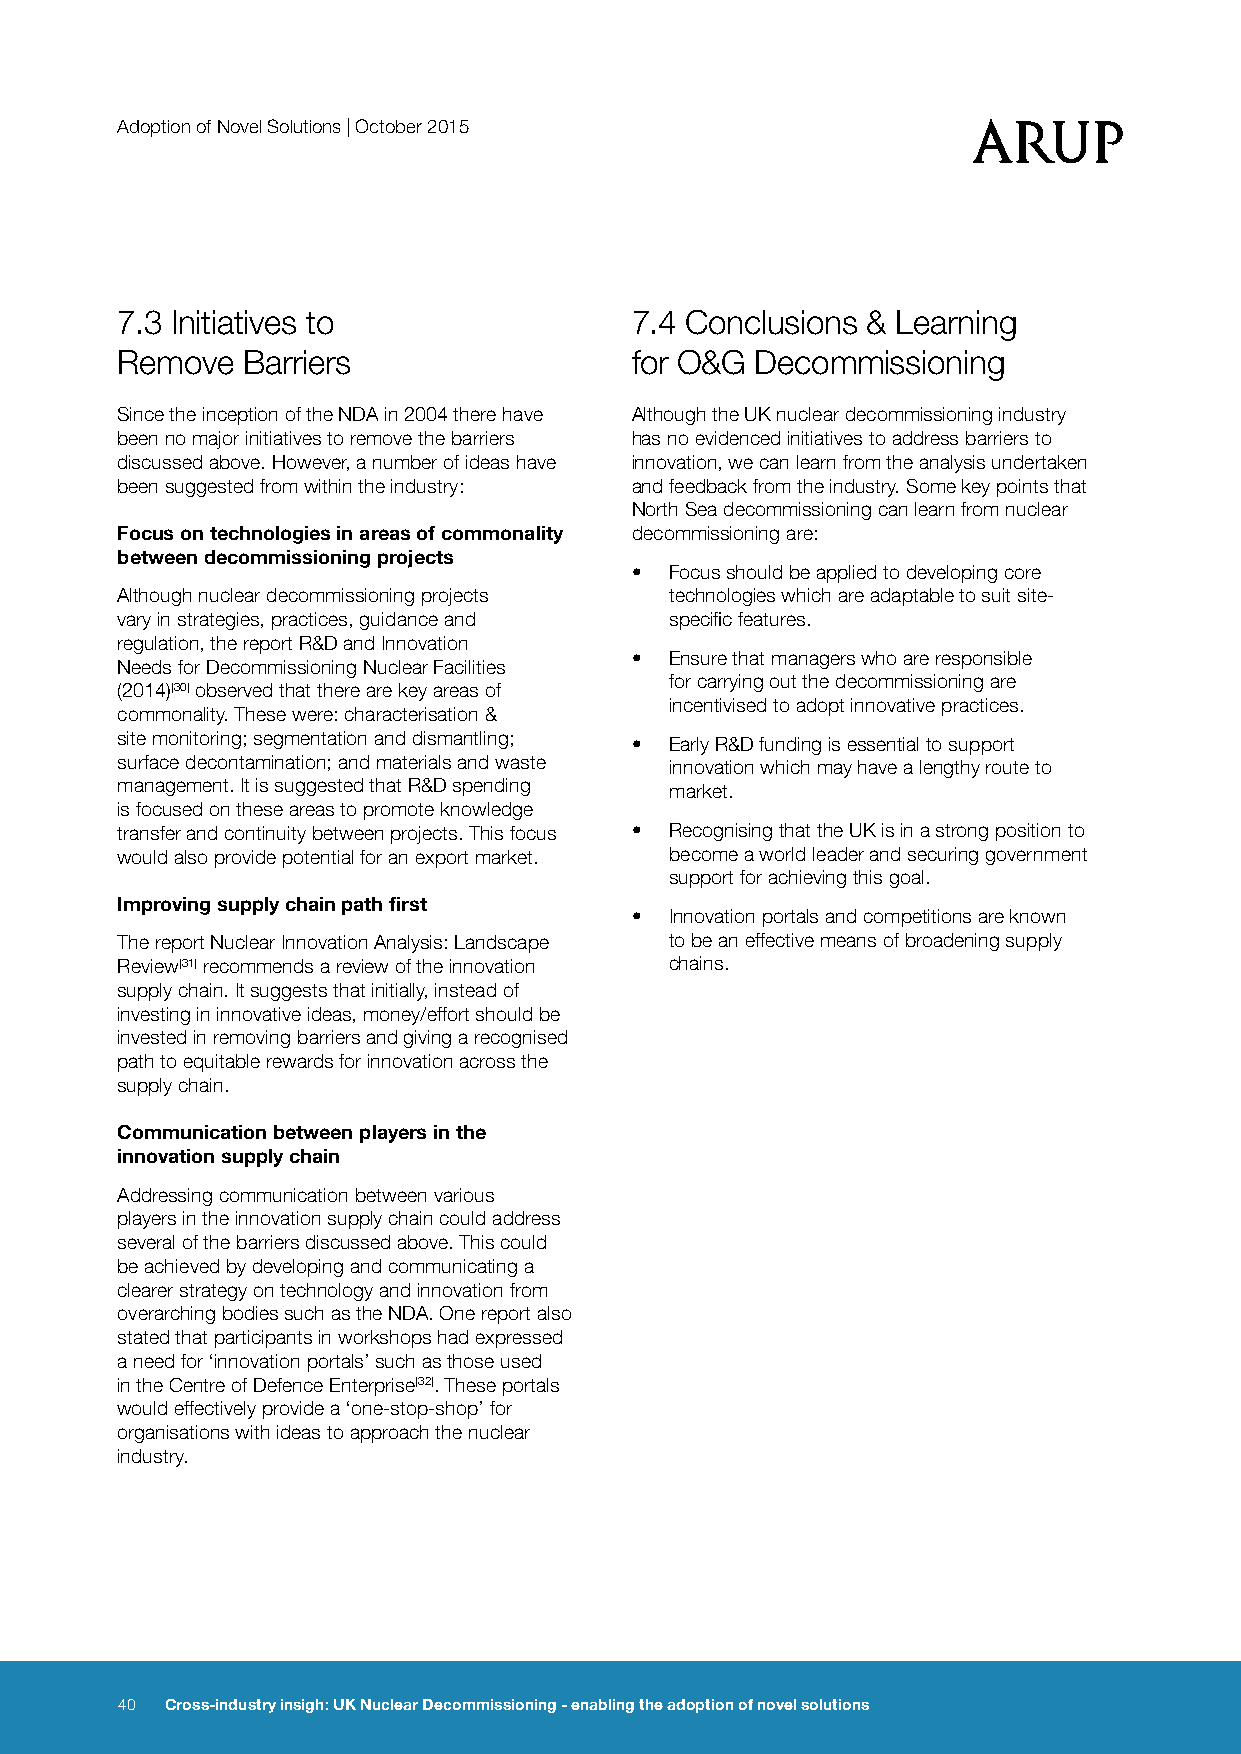
Adoption of Novel Solutions | October 2015
 7.3 Initiatives to                7.4 Conclusions & Learning
 Remove  Barriers                  for O&G Decommissioning
 Since the inception of the NDA in 2004 there have Although the UK nuclear decommissioning industry
 been no major initiatives to remove the barriers has no evidenced initiatives to address barriers to
 discussed above. However, a number of ideas have innovation, we can learn from the analysis undertaken
 been suggested from within the industry: and feedback from the industry. Some key points that
 North Sea decommissioning can learn from nuclear
 Focus on technologies in areas of commonality decommissioning are:
 between decommissioning projects
 • Focus should be applied to developing core
 Although nuclear decommissioning projects technologies which are adaptable to suit site-
 vary in strategies, practices, guidance and specific features.
 regulation, the report R&D and Innovation
 • Ensure that managers who are responsible
 Needs for Decommissioning Nuclear Facilities
 for carrying out the decommissioning are
 (2014)[30] observed that there are key areas of
 incentivised to adopt innovative practices.
 commonality. These were: characterisation &
 site monitoring; segmentation and dismantling; • Early R&D funding is essential to support
 surface decontamination; and materials and waste innovation which may have a lengthy route to
 management. It is suggested that R&D spending market.
 is focused on these areas to promote knowledge
 transfer and continuity between projects. This focus • Recognising that the UK is in a strong position to
 would also provide potential for an export market. become a world leader and securing government
 support for achieving this goal.
 Improving supply chain path first
 • Innovation portals and competitions are known
 The report Nuclear Innovation Analysis: Landscape to be an effective means of broadening supply
 Review[31] recommends a review of the innovation chains.
 supply chain. It suggests that initially, instead of
 investing in innovative ideas, money/effort should be
 invested in removing barriers and giving a recognised
 path to equitable rewards for innovation across the
 supply chain.
 Communication between players in the
 innovation supply chain
 Addressing communication between various
 players in the innovation supply chain could address
 several of the barriers discussed above. This could
 be achieved by developing and communicating a
 clearer strategy on technology and innovation from
 overarching bodies such as the NDA. One report also
 stated that participants in workshops had expressed
 a need for ‘innovation portals’ such as those used
 in the Centre of Defence Enterprise[32]. These portals
 would effectively provide a ‘one-stop-shop’ for
 organisations with ideas to approach the nuclear
 industry.
 40 Cross-industry insigh: UK Nuclear Decommissioning - enabling the adoption of novel solutions